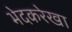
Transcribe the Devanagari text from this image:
भेदकरेखा